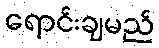
ရောင်းချမည်